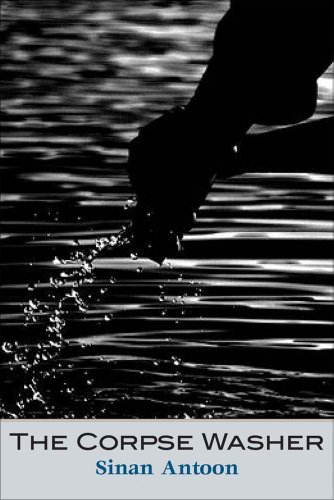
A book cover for The Corpse Washer (The Margellos World Republic of Letters); Sinan Antoon; Literature & Fiction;